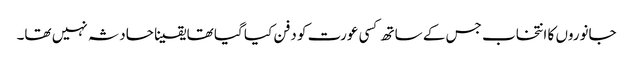
جانوروں کا انتخاب جس کے ساتھ کسی عورت کو دفن کیا گیا تھا یقینا حادثہ نہیں تھا۔